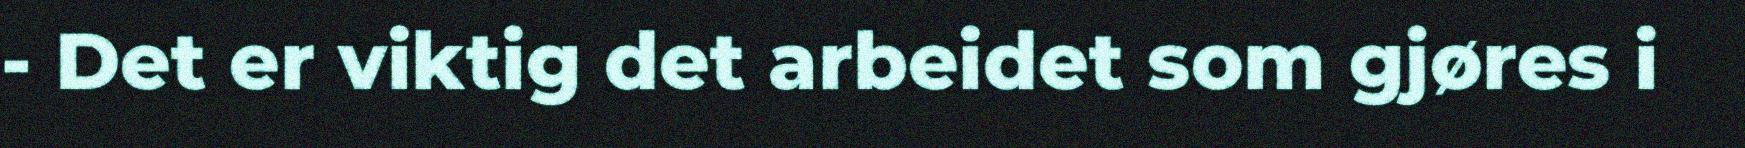
- Det er viktig det arbeidet som gjøres i